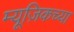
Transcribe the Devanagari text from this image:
म्यूज़िकच्या